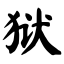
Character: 狱